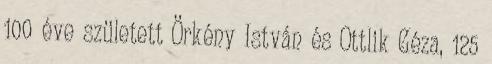
100 éve született Örkény István és Ottlik Géza, 125